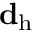
\mathbf { d _ { \mathrm { h } } }